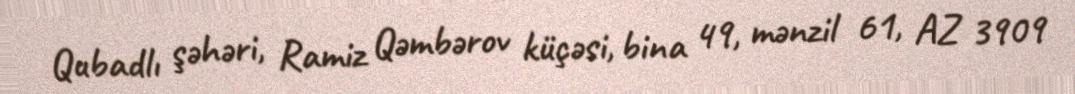
Qubadlı şəhəri, Ramiz Qəmbərov küçəsi, bina 49, mənzil 61, AZ 3909